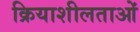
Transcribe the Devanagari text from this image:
क्रियाशीलताओं